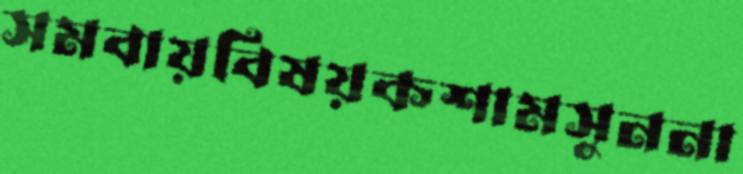
সমবায়বিষয়কশামসুননা